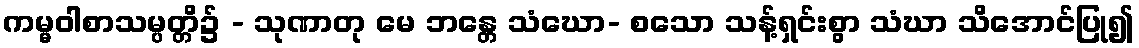
ကမ္မဝါစာသမ္ပတ္တိ၌ - သုဏာတု မေ ဘန္တေ သံဃော- စသော သန့်ရှင်းစွာ သံဃာ သိအောင်ပြု၍